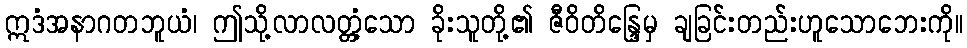
ဣဒံအနာဂတဘူယံ၊ ဤသို့လာလတ္တံ့သော ခိုးသူတို့၏ ဇီဝိတိန္ဒြေမှ ချခြင်းတည်းဟူသောဘေးကို။